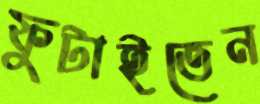
ফুটাইতেন